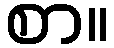
စာ။